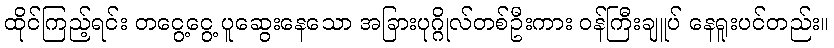
ထိုင်ကြည့်ရင်း တငွေ့ငွေ့ ပူဆွေးနေသော အခြားပုဂ္ဂိုလ်တစ်ဦးကား ဝန်ကြီးချူပ် နေရူးပင်တည်း။